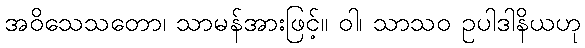
အဝိသေသတော၊ သာမန်အားဖြင့်။ ဝါ၊ သာသဝ ဥပါဒါနိယဟု